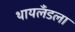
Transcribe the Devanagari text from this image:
थायलँडला